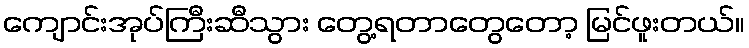
ကျောင်းအုပ်ကြီးဆီသွား တွေ့ရတာတွေတော့ မြင်ဖူးတယ်။